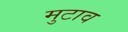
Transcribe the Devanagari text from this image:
मुटाव